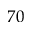
7 0